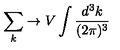
\sum _ { k } \to V \int \frac { d ^ { 3 } k } { ( 2 \pi ) ^ { 3 } } \nonumber